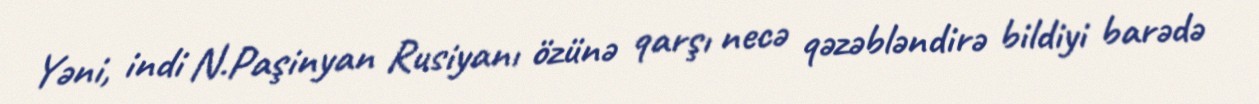
Yəni, indi N.Paşinyan Rusiyanı özünə qarşı necə qəzəbləndirə bildiyi barədə